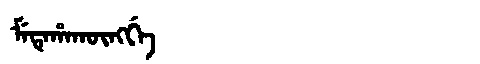
Manchu: ᠮᡝᡨᡝᡥᠠᡴᡡᠩᡤᡝ
Romanization: METEHAKŪNGGE